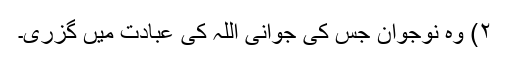
۲) وہ نوجوان جس کی جوانی اللہ کی عبادت میں گزری۔